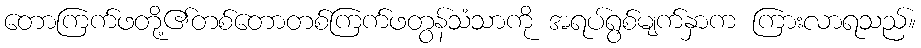
တောကြက်ဖတို့၏တစ်တောတစ်ကြက်ဖတွန်သံသာကို အရပ်ရွစ်မျက်နှာက ကြားလာရသည်။